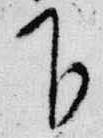
下